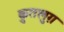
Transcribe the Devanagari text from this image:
क़ुतलुग़